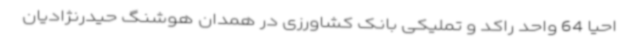
احیا 64 واحد راکد و تملیکی بانک کشاورزی در همدان هوشنگ حیدرنژادیان